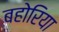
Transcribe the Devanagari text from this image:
बहोरिया